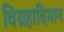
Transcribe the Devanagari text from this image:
विग्रहादिमान